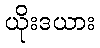
ယိုးဒယား